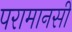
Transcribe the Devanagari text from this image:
परामानसी